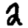
Digit: 2